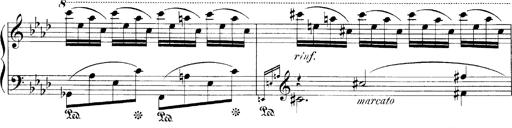
Title: LiebestrÃ¤ume
Composer: Franz Behr
Key: E-flat major